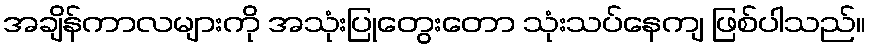
အချိန်ကာလများကို အသုံးပြုတွေးတော သုံးသပ်နေကျ ဖြစ်ပါသည်။